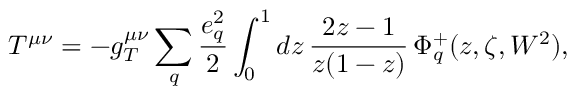
T ^ { \mu \nu } = - g _ { T } ^ { \mu \nu } \sum _ { q } \frac { e _ { q } ^ { 2 } } { 2 } \int _ { 0 } ^ { 1 } d z \, \frac { 2 z - 1 } { z ( 1 - z ) } \, \Phi _ { q } ^ { + } ( z , \zeta , W ^ { 2 } ) ,